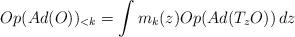
LaTeX: \begin{align*}Op(Ad(O))_{<k} = \int m_k(z) Op(Ad(T_z O)) \,dz \end{align*}